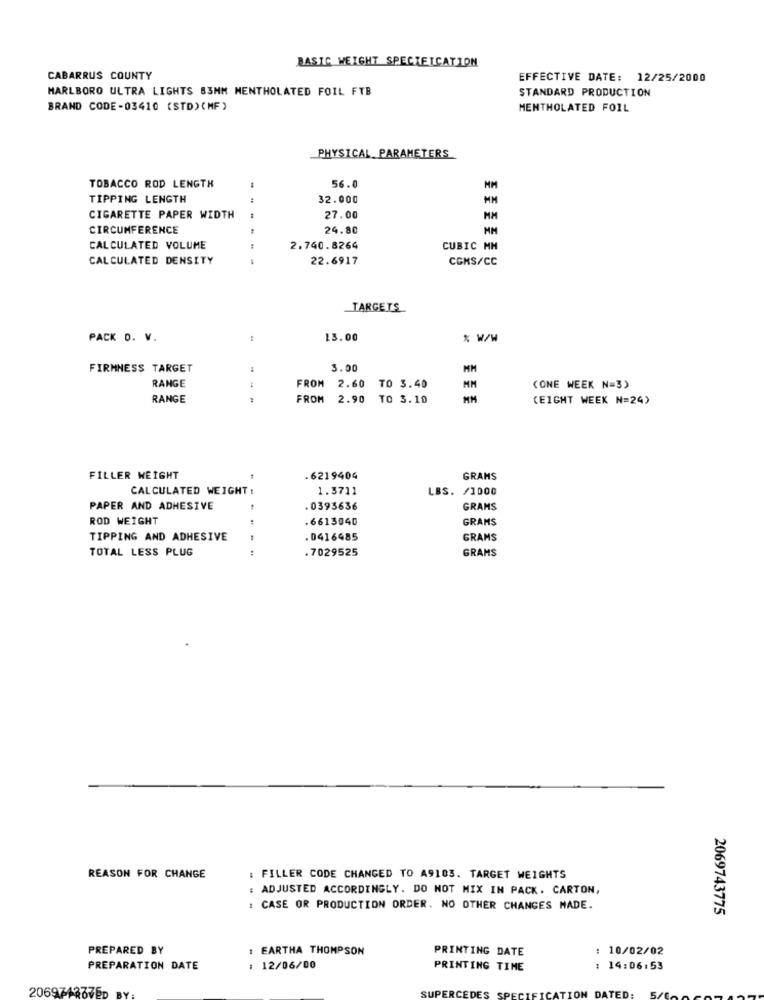
BASIC WEIGHT SPECIELCATION
CABARRUS COUNTY
EFFECTIVE DATE: 12/25/2000
MARLBORO ULTRA LIGHTS 83MM MENTHOLATED FOIL FTB
STANDARD PRODUCTION
BRAND CODE-03410 (STD) ( MF )
MENTHOLATED FOIL
PHYSICAL PARAMETERS
TOBACCO ROD LENGTH
56.
TIPPING LENGTH
:
32.000
MM
CIGARETTE PAPER WIDTH
27.00
MM
CIRCUMFERENCE
24.80
NM
CALCULATED VOLUME
2.740.8264
CUBIC MM
CALCULATED DENSITY
22.6917
CGKS/CC
TARGETS
PACK D. V.
13.00
% W/W
FIRMNESS TARGET
3.00
MM
RANGE
+4
FROM 2.60 TO 3.40
MM
(ONE WEEK N=3)
RANGE
FROM
2.90 TO 3.10
(EIGHT WEEK N=24)
FILLER WEIGHT
.6219404
GRAMS
CALCULATED WEIGHT :
1.3711
LBS. /1000
PAPER AND ADHESIVE
.0393636
GRAMS
ROD WEIGHT
.6613040
GRAMS
TIPPING AND ADHESIVE
.0416485
GRAMS
TOTAL LESS PLUG
:
.7029525
GRAMS
REASON FOR CHANGE
: FILLER CODE CHANGED TO A9103. TARGET WEIGHTS
: ADJUSTED ACCORDINGLY. DO NOT MIX IN PACK. CARTON,
: CASE OR PRODUCTION ORDER. NO OTHER CHANGES MADE.
2069743775
PREPARED BY
1 EARTHA THOMPSON
PRINTING DATE
: 10/02/02
PREPARATION DATE
: 12/06/00
PRINTING TIME
: 14:06:53
206974377ED
TED: